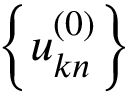
\left\{ u _ { \boldsymbol { k } n } ^ { ( 0 ) } \right\}